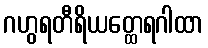
ဂဟွရတီရိယတ္ထေရဂါထာ